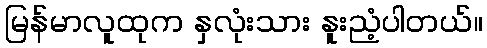
မြန်မာလူထုက နှလုံးသား နူးညံ့ပါတယ်။